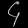
Digit: ၄